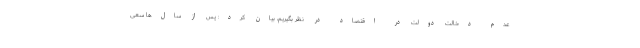
عدم دخالت دولت در اقتصاد در نظر بگیریم، بیان کرد: پس از سال‌ها سعی